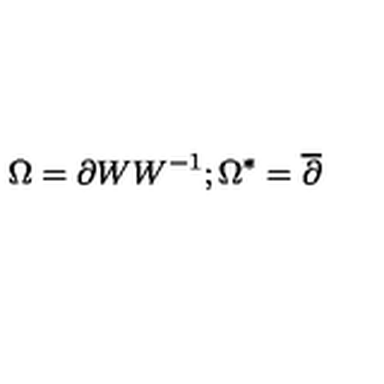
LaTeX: \Omega = \partial W W ^ { - 1 } ; \Omega ^ { * } = \overline { { \partial } }